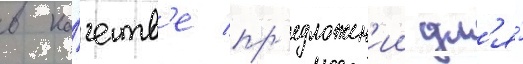
в ка́честв'е пр'едложен'ии дл'я́